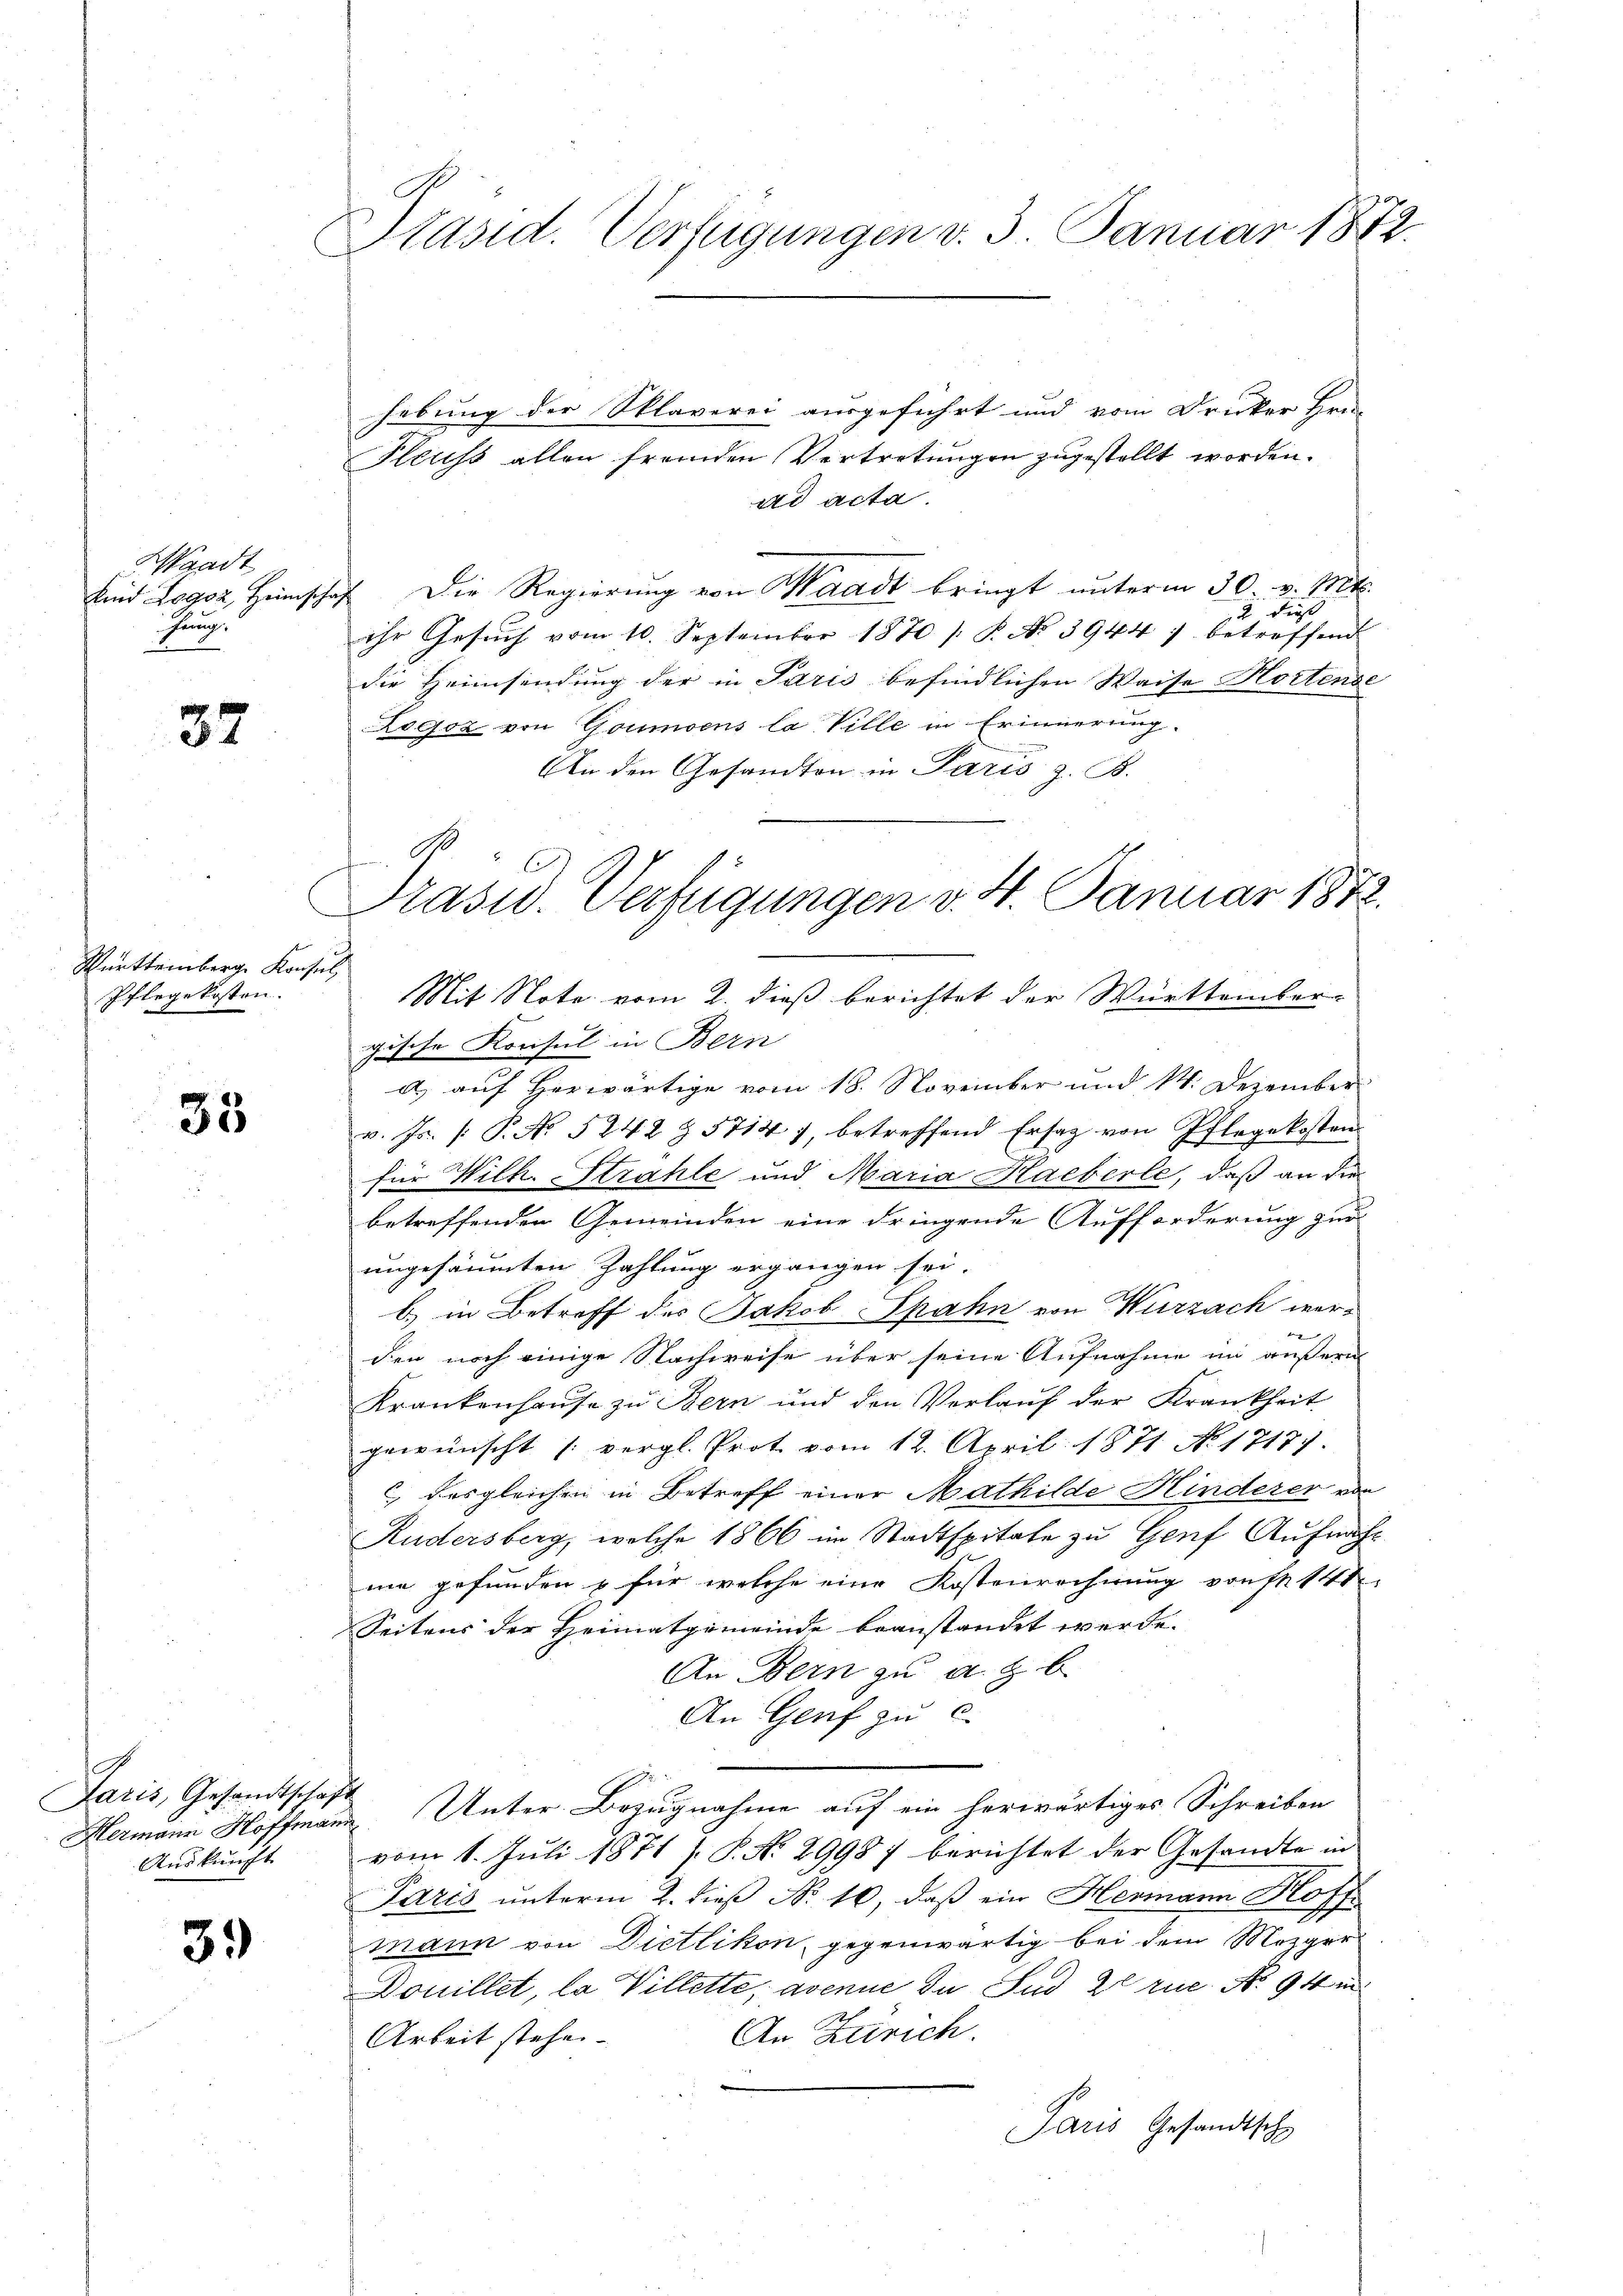
Waadt
Kind Legoz, Heimsc
Jenig.

327

Württemberg Konsul
Pflegekosten. |

35

Jaris, Gesandtschaf
Auskunft

39

Präsid. Verfügungen v. 3. Januar 1872.

f
Präsid. Verfügungen v. 4. Januar 1872.

hebung der Sklaverei ausgeführt und vom Drucker Hrn
Plruss allen fremden Vertretungen zugestellt worden.
ad acta.
1. Die Regierung von Waadt bringt unterm 30. v. Mts.
Seyt
ihr Gesŭch vom 10. September 1870 /: P. No 3944) betreffend
die Heimsendung der in Paris befindlichen Waise Kostense
Logoz von Goumoens la Ville in Erinnerung.
An den Gesandton in Paris z. B.
Mit Note vom 2. dieß berichtet der Württember-
gische Konsul in Bern
a) auf Herwärtige vom 18. November und 14. Dezember
v. Fr. [ P. No 5242 § 5714), betreffend Ersatz von Pflegekosten
für Wilh. Strahle und Maria Haeberle, daß an die
betreffenden Gemeinden eine dringende Aufforderung zur
ungesäumten Zahlung ergangen sei.
b.) in Betreff des Jakob Spahn von Wurzach werf
den noch einige Nachweise über seine Aufnahme im äußern
Krankenhause zu Bern und den Verlauf der Krankheit
gewünscht (vergl. Prot vom 12. April 1871 No. 1717).
C desgleichen in Betreff einer Mathilde Kinderer von
Rudersberg, welche 1866 im Stadtspitate zu Genf Aufnah
ma gefunden & für welche eine Kostenrechnung von 141
Seitens der Heimatgemeinde beanstandet werde.
An Bern zu a. g. b
An Genf zu c
.
Hermann Hoffmann Unter Bezugnahme auf ein herwärtiges Schreiben
vom 1. Juli 1871 s. P. No. 29987 berichtet der Gesandte in
Paris unterm 2. dieß No 16, daß ein Hermann Hoff
mann von Dietlikon, gegenwärtig bei dem Mezger
Douillet, la Villette, avenue du Snd 20 rue No. 94 i
An Zürich.
Arbeit stehen.
Paris Gesandtsche